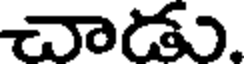
చాడు.